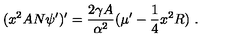
( x ^ { 2 } A N \psi ^ { \prime } ) ^ { \prime } = \frac { 2 \gamma A } { \alpha ^ { 2 } } ( { \mu ^ { \prime } } - { \frac { 1 } { 4 } } x ^ { 2 } R ) \ .